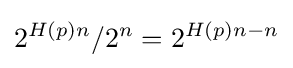
2^{H(p)n}/2^{n}=2^{H(p)n-n}